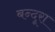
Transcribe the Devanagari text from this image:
बन्दूरा